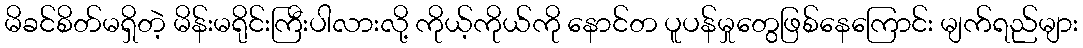
မိခင်စိတ်မရှိတဲ့ မိန်းမရိုင်းကြီးပါလားလို့ ကိုယ့်ကိုယ်ကို နောင်တ ပူပန်မှုတွေဖြစ်နေကြောင်း မျက်ရည်များ